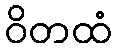
ဝိတထံ